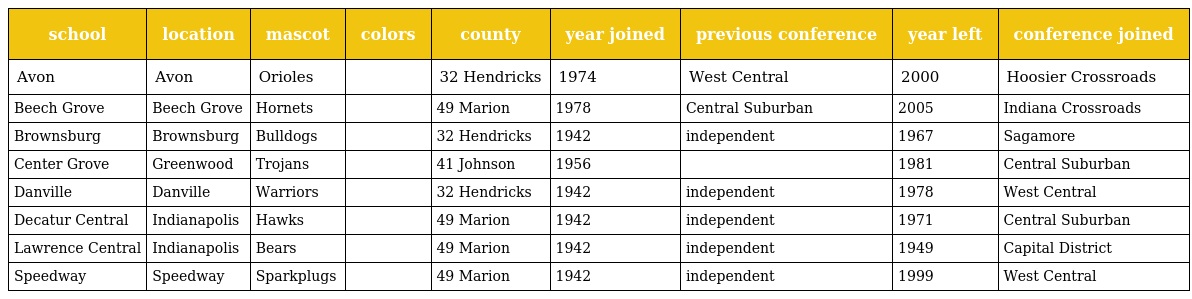
| school | location | mascot | colors | county | year joined | previous conference | year left | conference joined |
 | --- | --- | --- | --- | --- | --- | --- | --- | --- |
 | Avon | Avon | Orioles |  | 32 Hendricks | 1974 | West Central | 2000 | Hoosier Crossroads |
 | Beech Grove | Beech Grove | Hornets |  | 49 Marion | 1978 | Central Suburban | 2005 | Indiana Crossroads |
 | Brownsburg | Brownsburg | Bulldogs |  | 32 Hendricks | 1942 | independent | 1967 | Sagamore |
 | Center Grove | Greenwood | Trojans |  | 41 Johnson | 1956 |  | 1981 | Central Suburban |
 | Danville | Danville | Warriors |  | 32 Hendricks | 1942 | independent | 1978 | West Central |
 | Decatur Central | Indianapolis | Hawks |  | 49 Marion | 1942 | independent | 1971 | Central Suburban |
 | Lawrence Central | Indianapolis | Bears |  | 49 Marion | 1942 | independent | 1949 | Capital District |
 | Speedway | Speedway | Sparkplugs |  | 49 Marion | 1942 | independent | 1999 | West Central |